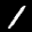
Label: 1